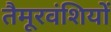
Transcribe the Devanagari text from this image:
तैमूरवंशियों